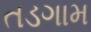
તડગામ